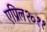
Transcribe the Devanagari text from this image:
एप्रिल२०११